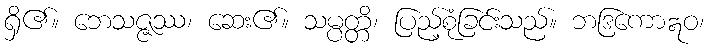
ရှိ၏။ ဘေသဇ္ဇဿ၊ ဆေး၏။ သမ္ပတ္တိ၊ ပြည့်စုံခြင်းသည်။ ဘဒြကောဣဝ၊